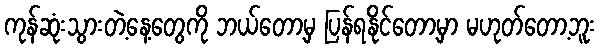
ကုန်ဆုံးသွားတဲ့နေ့တွေကို ဘယ်တော့မှ ပြန်ရနိုင်တော့မှာ မဟုတ်တော့ဘူး